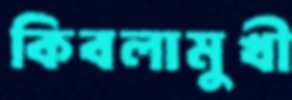
কিবলামুখী